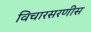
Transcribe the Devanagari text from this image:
विचारसरणीस